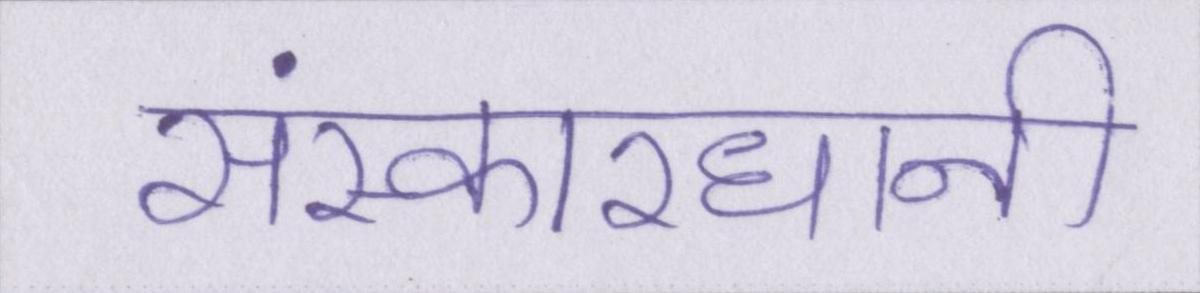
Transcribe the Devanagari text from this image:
संस्कारधानी